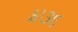
૪૩૬